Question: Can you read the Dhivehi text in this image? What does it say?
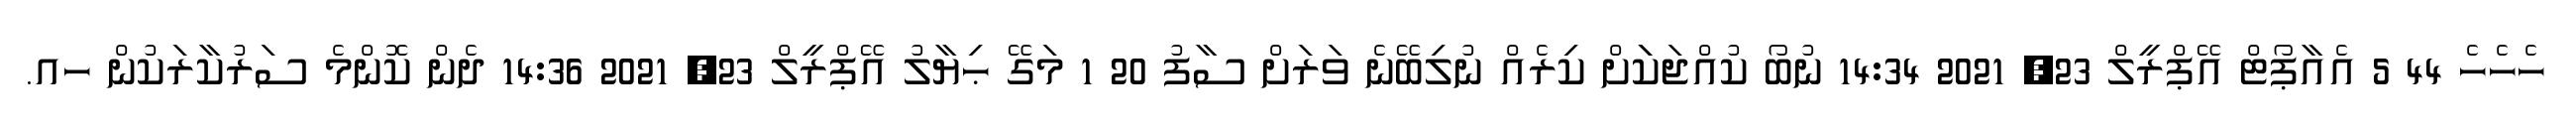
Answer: ހެހެހެ 44 5 އެއާޕޯޓް އޭޕްރީލް 23, 2021 14:34 ނުބޯ ކުއްޖަކަަށް ކިރެއް ނުލިބޭނެ ވަރަށް ސާފު 20 1 މަގޭ ޙިޔާލު އޭޕްރީލް 23, 2021 14:36 ދެން ކޮންމެ ސަރުކާރަކުން ހއ.